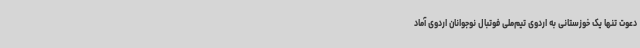
دعوت تنها یک خوزستانی به اردوی تیم‌ملی فوتبال نوجوانان اردوی آماد